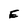
Character: E